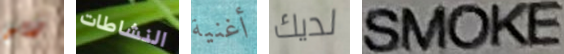
ربو النشاطات أغنية لديك SMOKE